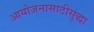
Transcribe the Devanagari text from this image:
आयोजनासाठीसुद्धा